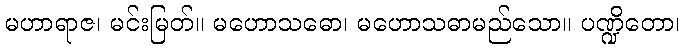
မဟာရာဇ၊ မင်းမြတ်။ မဟောသဓော၊ မဟောသဓာမည်သော။ ပဏ္ဍိတော၊